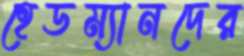
হেডম্যানদের